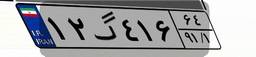
۱۲گ۴۱۶۶۴